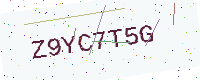
Text: Z9YC7T5G